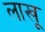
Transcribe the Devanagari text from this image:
लाखू